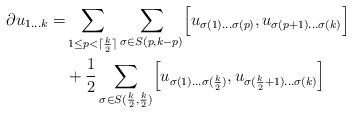
LaTeX: \begin{align*}\quad\partial u_{1\dots k} =&\sum_{1\leq p< \lceil \frac{k}{2} \rceil}\sum_{\sigma \in S(p, k-p)} \Bigr[ u_{\sigma (1)\dots \sigma (p)},u_{\sigma (p+1)\dots \sigma (k)}\Bigr]\\&+\frac{1}{2}\sum_{\sigma \in S(\frac{k}{2},\frac{k}{2})}\Bigl[ u_{\sigma (1)\dots \sigma (\frac{k}{2})}, u_{\sigma (\frac{k}{2}+1) \dots \sigma (k)} \Bigr]\\\end{align*}